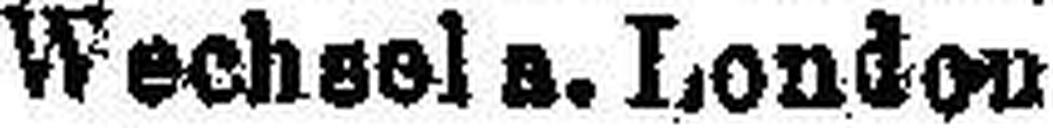
Wechsel s. London